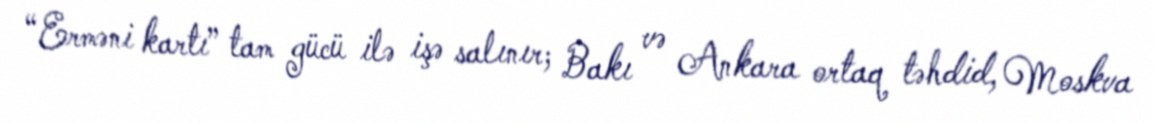
“Erməni kartı” tam gücü ilə işə salınır; Bakı və Ankara ortaq təhdid, Moskva